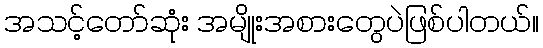
အသင့်တော်ဆုံး အမျိုးအစားတွေပဲဖြစ်ပါတယ်။